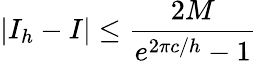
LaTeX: |I_{h}-I|\leq\frac{2M}{e^{2\pi c/h}-1}